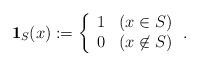
LaTeX: \begin{align*}\mathbf{1}_{S}(x) := \left\{\begin{array}{ll}1 & (x\in S)\\0 & (x\not \in S)\end{array}\right..\end{align*}